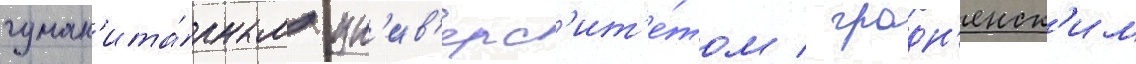
гуман'ита́рным ун'ив'ерс'ит'е́том / гродн'енск'им